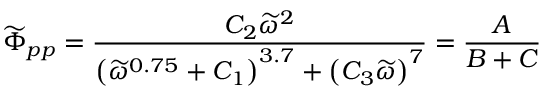
\widetilde { \Phi } _ { p p } = \frac { C _ { 2 } \widetilde { \omega } ^ { 2 } } { \left( \widetilde { \omega } ^ { 0 . 7 5 } + C _ { 1 } \right) ^ { 3 . 7 } + \left( C _ { 3 } \widetilde { \omega } \right) ^ { 7 } } = \frac { A } { B + C }